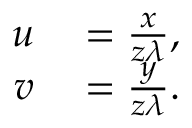
\begin{array} { r l } { u } & { { } = \frac { x } { z \lambda } , } \\ { v } & { { } = \frac { y } { z \lambda } . } \end{array}